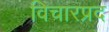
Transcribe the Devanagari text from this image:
विचारप्रद